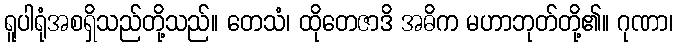
ရူပါရုံအစရှိသည်တို့သည်။ တေသံ၊ ထိုတေဇာဒိ အဓိက မဟာဘုတ်တို့၏။ ဂုဏာ၊